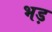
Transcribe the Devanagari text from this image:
भड़